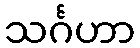
သင်္ဂဟာ